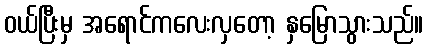
ဝယ်ပြီးမှ အရောင်ကလေးလှတော့ နှမြောသွားသည်။